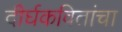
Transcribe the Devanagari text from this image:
दीर्घकवितांचा